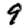
Digit: 9